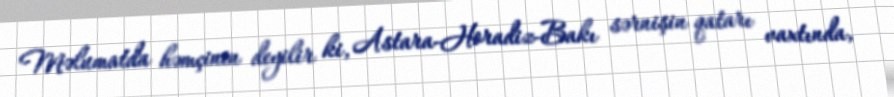
Məlumatda həmçinin deyilir ki, Astara-Horadiz-Bakı sərnişin qatarı vaxtında,